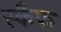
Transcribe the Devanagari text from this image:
स्कैफ